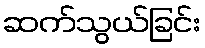
ဆက်သွယ်ခြင်း